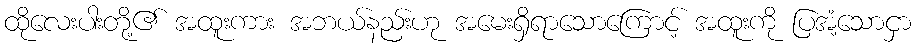
ထိုလေးပါးတို့၏ အထူးကား အဘယ်နည်းဟု အမေးရှိရာသောကြောင့် အထူးကို ပြအံ့သောငှာ